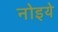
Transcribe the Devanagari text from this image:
नोइये